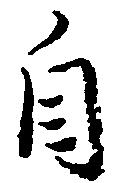
自